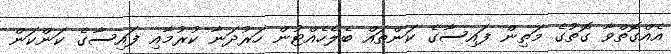
އެއްގޮތްވާ ގޮތުގެ މަތިން ފައިސާގެ ކަންތައް ބެލެހެއްޓުން ހަރުދަނާ ކުރުމާއި ފައިސާގެ ކަންކަން